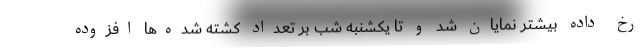
رخ داده بیشتر نمایان شد و تا یکشنبه شب بر تعداد کشته شده‌ها افزوده